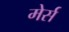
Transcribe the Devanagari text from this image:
मेर्स